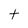
Character: t